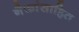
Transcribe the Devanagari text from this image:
नैकांसाहित